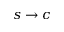
s \to c